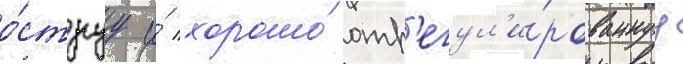
о́струу и́ хорошо́ отр'егул'и́рованнуу